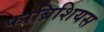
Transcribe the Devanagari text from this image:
फाब्रिशियस